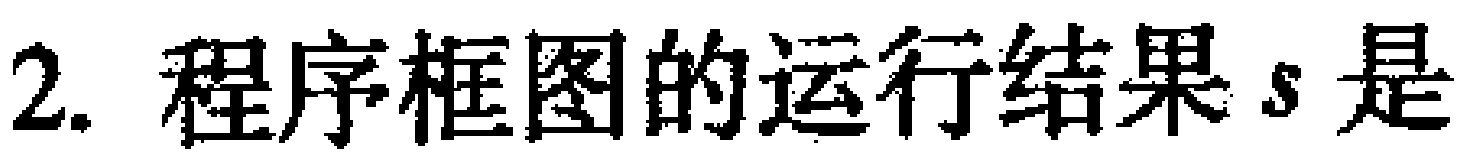
2. 程序框图的运行结果\(s\)是